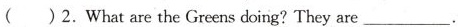
( )2.What are the Greens doing?They are ___ .